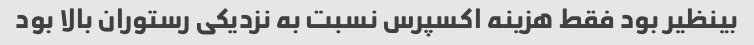
بینظیر بود فقط هزینه اکسپرس نسبت به نزدیکی رستوران بالا بود